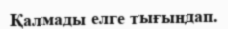
Қалмады елге тығындап.